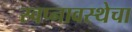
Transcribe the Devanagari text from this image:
स्वप्नावस्थेचा